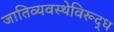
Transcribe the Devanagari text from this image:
जातिव्यवस्थेविरूद्ध